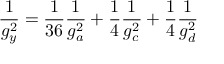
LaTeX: \frac { 1 } { g _ { y } ^ { 2 } } = \frac { 1 } { 3 6 } \frac { 1 } { g _ { a } ^ { 2 } } + \frac { 1 } { 4 } \frac { 1 } { g _ { c } ^ { 2 } } + \frac { 1 } { 4 } \frac { 1 } { g _ { d } ^ { 2 } }